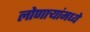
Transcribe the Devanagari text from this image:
लोणार्‍यांमध्ये